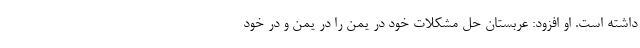
داشته است. او افزود: عربستان حل مشکلات خود در یمن را در یمن و در خود